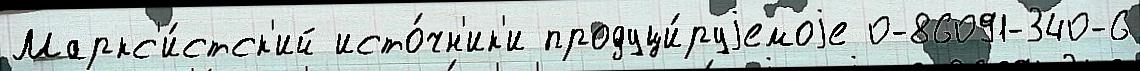
Маркс'и́стск'ий исто́чн'ик'и продуци́руjемоjе 0-86091-340-6